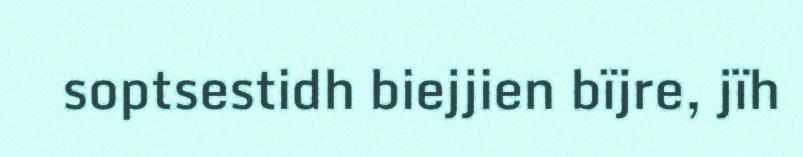
soptsestidh biejjien bïjre, jïh